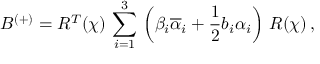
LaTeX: B ^ { ( + ) } = R ^ { T } ( \chi ) \, \sum _ { i = 1 } ^ { 3 } \, \left( \beta _ { i } \overline { { { \alpha } } } _ { i } + \frac { 1 } { 2 } b _ { i } \alpha _ { i } \right) \, R ( \chi ) \, ,